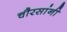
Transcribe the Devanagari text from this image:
चौरसांनी